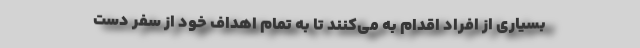
بسیاری از افراد اقدام به می‌کنند تا به تمام اهداف خود از سفر دست